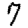
Digit: 7